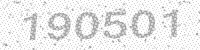
Solution: 190501